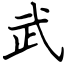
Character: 武